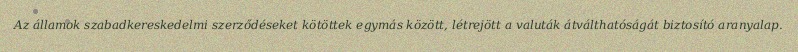
Az államok szabadkereskedelmi szerződéseket kötöttek egymás között, létrejött a valuták átválthatóságát biztosító aranyalap.